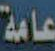
عامة